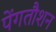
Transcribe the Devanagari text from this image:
पेंगतौशन